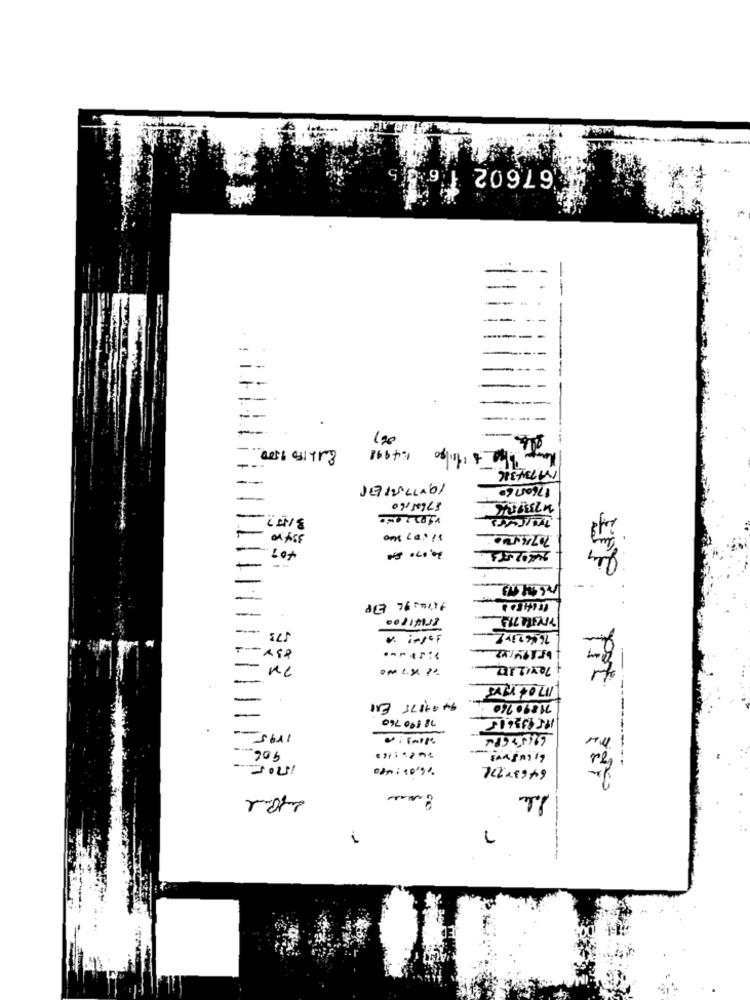
67602
En1L FO 9500
14998
MP34316
19+77 5121
176057 60
57685,60
334 10
7071 500
+07
20.070-
BrixIPOD
70x12.17
motrivs
94 9+175 EN
7189. 760
18 590 760
195133615
1195
906 ...
-
1505
·6,0 :-
6463×771
.-